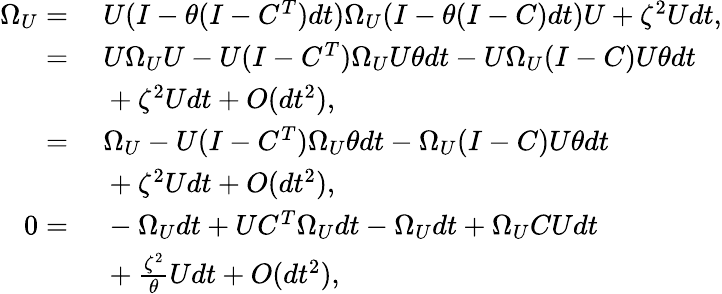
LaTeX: \begin{array}{rl}{\Omega_{U}=}&{\ U(I-\theta(I-C^{T})dt)\Omega_{U}(I-\theta(I-C)dt)U+\zeta^{2}Udt,}\\ {=}&{\ U\Omega_{U}U-U(I-C^{T})\Omega_{U}U\theta dt-U\Omega_{U}(I-C)U\theta dt}\\ &{\ +\zeta^{2}Udt+O(dt^{2}),}\\ {=}&{\ \Omega_{U}-U(I-C^{T})\Omega_{U}\theta dt-\Omega_{U}(I-C)U\theta dt}\\ &{\ +\zeta^{2}Udt+O(dt^{2}),}\\ {0=}&{\ -\Omega_{U}dt+UC^{T}\Omega_{U}dt-\Omega_{U}dt+\Omega_{U}CUdt}\\ &{\ +\frac{\zeta^{2}}{\theta}Udt+O(dt^{2}),}\end{array}